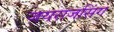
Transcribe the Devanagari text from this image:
जयराजसिंग